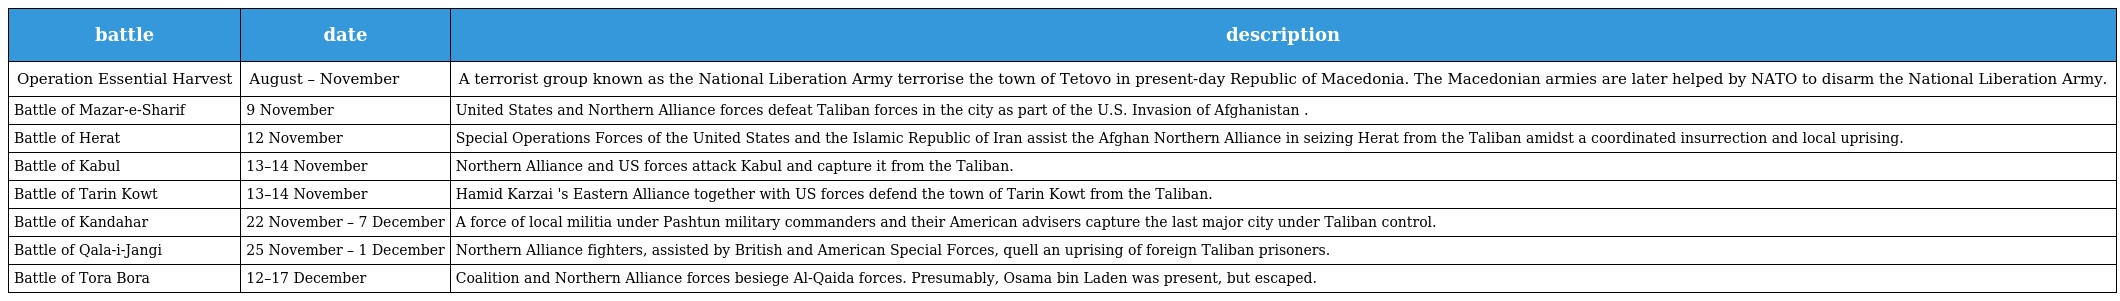
| battle | date | description |
 | --- | --- | --- |
 | Operation Essential Harvest | August – November | A terrorist group known as the National Liberation Army terrorise the town of Tetovo in present-day Republic of Macedonia. The Macedonian armies are later helped by NATO to disarm the National Liberation Army. |
 | Battle of Mazar-e-Sharif | 9 November | United States and Northern Alliance forces defeat Taliban forces in the city as part of the U.S. Invasion of Afghanistan . |
 | Battle of Herat | 12 November | Special Operations Forces of the United States and the Islamic Republic of Iran assist the Afghan Northern Alliance in seizing Herat from the Taliban amidst a coordinated insurrection and local uprising. |
 | Battle of Kabul | 13–14 November | Northern Alliance and US forces attack Kabul and capture it from the Taliban. |
 | Battle of Tarin Kowt | 13–14 November | Hamid Karzai 's Eastern Alliance together with US forces defend the town of Tarin Kowt from the Taliban. |
 | Battle of Kandahar | 22 November – 7 December | A force of local militia under Pashtun military commanders and their American advisers capture the last major city under Taliban control. |
 | Battle of Qala-i-Jangi | 25 November – 1 December | Northern Alliance fighters, assisted by British and American Special Forces, quell an uprising of foreign Taliban prisoners. |
 | Battle of Tora Bora | 12–17 December | Coalition and Northern Alliance forces besiege Al-Qaida forces. Presumably, Osama bin Laden was present, but escaped. |